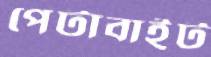
পেটাবাইট